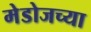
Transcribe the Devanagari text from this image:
मेडोजच्या